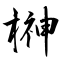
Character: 榊